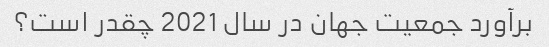
برآورد جمعیت جهان در سال 2021 چقدر است؟